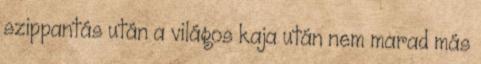
szippantás után a világos kaja után nem marad más